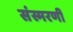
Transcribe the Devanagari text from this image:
संस्मरणीं